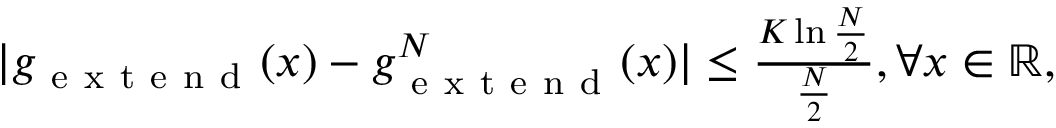
\begin{array} { r } { | g _ { \mathrm { ~ e ~ x ~ t ~ e ~ n ~ d ~ } } ( x ) - g _ { \mathrm { ~ e ~ x ~ t ~ e ~ n ~ d ~ } } ^ { N } ( x ) | \leq \frac { K \ln \frac { N } { 2 } } { \frac { N } { 2 } } , \forall x \in \mathbb { R } , } \end{array}